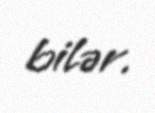
bilər.